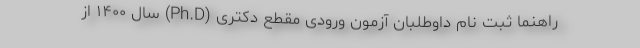
راهنما ثبت نام داوطلبان آزمون ورودی مقطع دکتری (Ph.D) سال ۱۴۰۰ از